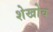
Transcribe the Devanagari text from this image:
शेखोव